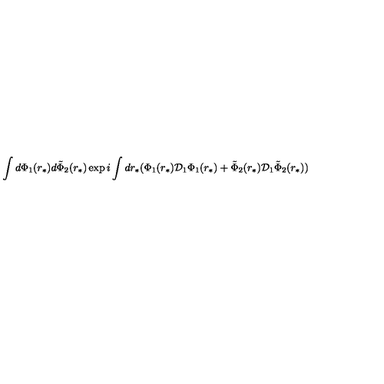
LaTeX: \int d \Phi _ { 1 } ( r _ { * } ) d \tilde { \Phi } _ { 2 } ( r _ { * } ) \exp { i \int d r _ { * } ( \Phi _ { 1 } ( r _ { * } ) { \cal D } _ { 1 } \Phi _ { 1 } ( r _ { * } ) + \tilde { \Phi } _ { 2 } ( r _ { * } ) { \cal D } _ { 1 } \tilde { \Phi } _ { 2 } ( r _ { * } ) ) }